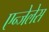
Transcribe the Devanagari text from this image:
एन्जेलेस